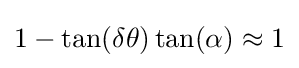
1-\tan(\delta \theta )\tan(\alpha )\approx 1